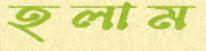
হলাম